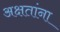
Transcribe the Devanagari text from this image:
अक्षतांना